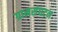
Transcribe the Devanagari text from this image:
ग्रामसंघटन